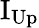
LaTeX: \mathrm{I_{Up}}